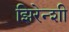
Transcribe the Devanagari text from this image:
झिरेन्शी